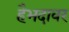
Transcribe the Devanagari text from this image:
हैभदावर